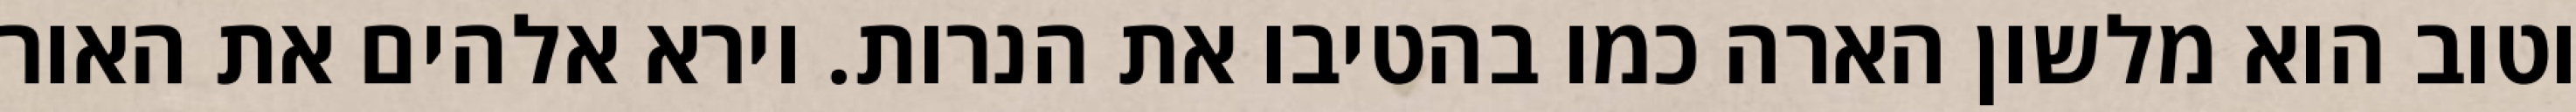
וטוב הוא מלשון הארה כמו בהטיבו את הנרות. וירא אלהים את האור